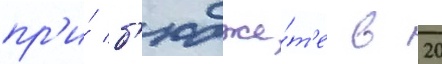
пр'и́ б'юдже́т'е в 20